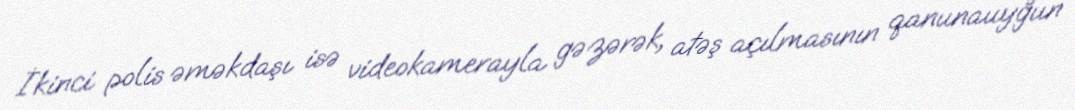
İkinci polis əməkdaşı isə videokamerayla gəzərək, atəş açılmasının qanunauyğun